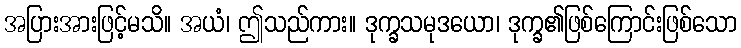
အပြားအားဖြင့်မသိ။ အယံ၊ ဤသည်ကား။ ဒုက္ခသမုဒယော၊ ဒုက္ခ၏ဖြစ်ကြောင်းဖြစ်သော